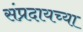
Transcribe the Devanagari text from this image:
संप्रदायच्या